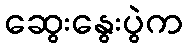
ဆွေးနွေးပွဲက